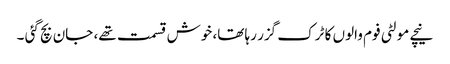
نیچے مولٹی فوم والوں کا ٹرک گزر رہا تھا، خوش قسمت تھے، جان بچ گئی ۔